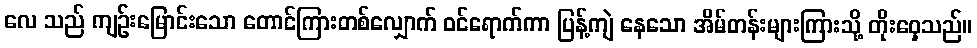
လေ သည် ကျဉ်းမြောင်းသော တောင်ကြားတစ်လျှောက် ဝင်ရောက်ကာ ပြန့်ကျဲ နေသော အိမ်တန်းများကြားသို့ တိုးဝှေ့သည်။